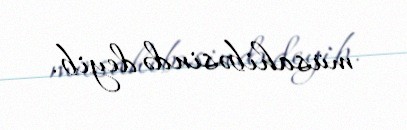
müsahibəsində deyib.